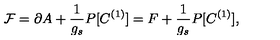
{ \cal F } = \partial A + \frac { 1 } { g _ { s } } P [ C ^ { ( 1 ) } ] = F + \frac { 1 } { g _ { s } } P [ C ^ { ( 1 ) } ] ,